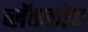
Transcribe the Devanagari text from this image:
ब्लॅककॉक